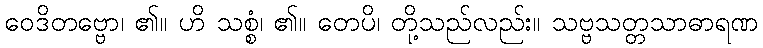
ဝေဒိတဗ္ဗော၊ ၏။ ဟိ သစ္စံ၊ ၏။ တေပိ၊ တို့သည်လည်း။ သဗ္ဗသတ္တသာဓာရဏ